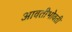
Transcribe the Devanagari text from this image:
आवतीभोवती